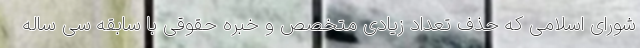
شورای اسلامی که حذف تعداد زیادی متخصص و خبره حقوقی با سابقه سی ساله